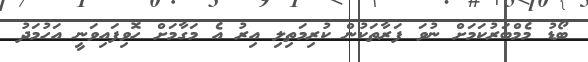
ބޯޑު މެމްބަރުކަމަށް ނުވަ ފަރާތަކުން ކުރިމަތިލި އިރު އެ މަގާމަށް ހޮވިފައިވަނީ އަހުމަދު